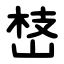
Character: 㟚